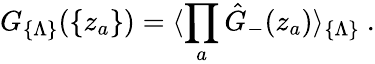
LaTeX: G_{\{ \Lambda\} }(\{ z_{a}\} )=\langle\prod_{a}{\hat{G}}_{-}(z_{a})\rangle_{\{ \Lambda\} }\ .